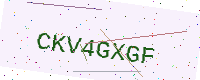
Text: CKV4GXGF